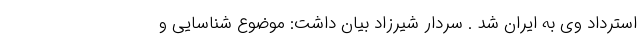
استرداد وی به ایران شد . سردار شیرزاد بیان داشت: موضوع شناسایی و